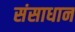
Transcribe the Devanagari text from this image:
संसाधान